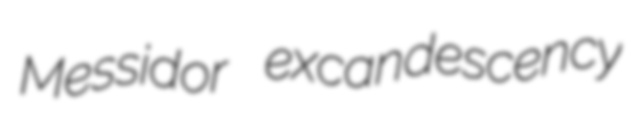
Messidor excandescency